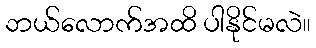
ဘယ်လောက်အထိ ပါနိုင်မလဲ။